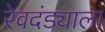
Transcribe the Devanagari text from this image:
रेवदंड्याला